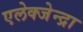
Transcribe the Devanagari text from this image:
एलेक्जेन्द्रा